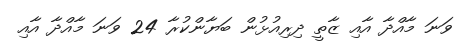
ވަނަ މާއްދާ އާއި ޒާތީ ދިރިއުޅުން ބަޔާންކުރާ 24 ވަނަ މާއްދާ އާއި